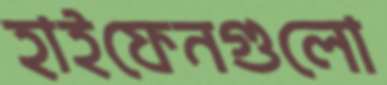
হাইফেনগুলো